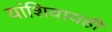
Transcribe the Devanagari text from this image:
यांशिवायही